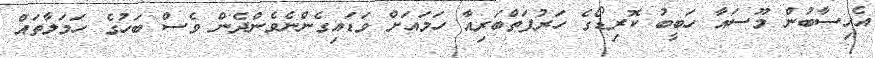
އެހިސާބުން މޫސައާ ހަބީބު ކޮރިޑޯގެ ހަރުފަތްބަރިއާ ހަމައަށް ވަޑައިގެންނެވެންދެން ވެސް ބަހުގެ ހަމަލާތައް